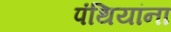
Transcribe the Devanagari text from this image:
पंथियांना